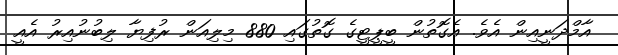
އާމްދަނީއިން އެވެ. އެގޮތުން ބީޕީޓީގެ ގޮތުގައި 880 މިލިއަން ރުފިޔާ ލިބުނުއިރު އެއީ